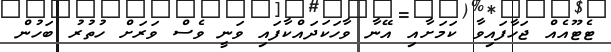
ޓެޓޫއެއް ޖަހާފައިވާ ކަމަށާއި އޭނާ ވާހަކަދައްކާފައި ވަނީ ވެސް ވަރަށް ހުތުރު ބަހުން